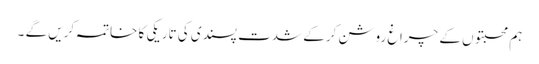
ہم محبتوں کے چراغ روشن کرکے شدت پسندی کی تاریکی کا خاتمہ کریں گے ۔